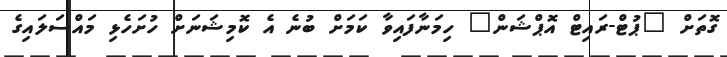
ގޮތަށް "ޕުޓް-ރައިޓް އޮޕްޝަން" ހިމަނާފައިވާ ކަމަށް ބުނެ އެ ކޮމިޝަނަށް ހުށަހެޅި މައްސަލައިގެ